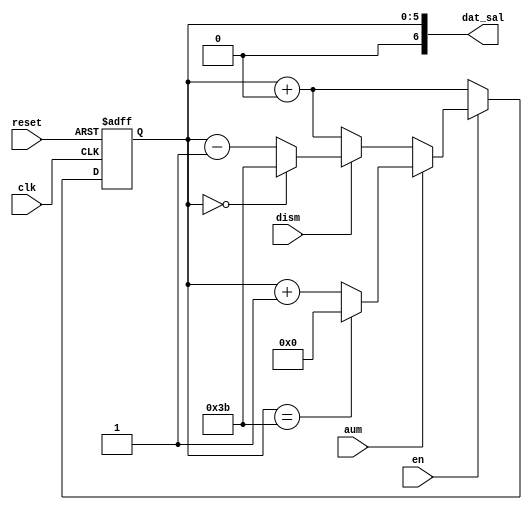
`timescale 1ns / 1ps
//////////////////////////////////////////////////////////////////////////////////
// Company: 
// Engineer: 
// 
// Design Name: 
// Module Name: CONT_DATO_59
// Project Name: 
// Target Devices: 
// Tool Versions: 
// Description: 
// 
// Dependencies: 
// 
// Revision:
// Revision 0.01 - File Created
// Additional Comments:
// 
//////////////////////////////////////////////////////////////////////////////////


module CONT_DATO_59(
	input wire clk,
	input wire reset,
	
	input wire aum,
	input wire dism,
	
	input wire en,
	
	output wire [6:0] dat_sal
   
	);
	
	reg [5:0] dat;
	
	always @(posedge clk, posedge reset) begin
			if (reset) begin
				dat <= 6'b000000;
			end else if (~en) begin
				dat <= dat + 6'b000000;
			end else if (aum) begin
				if (dat == 6'b111011) begin //59.
					dat <= 6'b000000; 
				end else begin
					dat <= dat + 6'b000001;
				end
			end else if (dism) begin
				if (dat == 6'b000000) begin
					dat <= 6'b111011;
				end else begin
					dat <= dat - 6'b000001;
				end
			end else begin
				dat <= dat + 6'b000000;
			end
	end
	
	assign dat_sal = {1'b0,dat};

endmodule